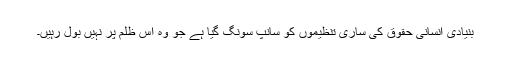
بنیادی انسانی حقوق کی ساری تنظیموں کو سانپ سونگ گیا ہے جو وہ اس ظلم پر نہیں بول رہیں۔